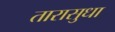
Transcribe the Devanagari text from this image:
तारासुधा